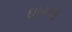
ઘાયલો